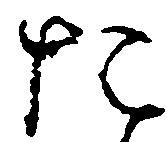
た